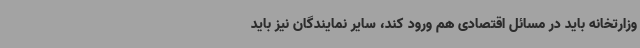
وزارتخانه باید در مسائل اقتصادی هم ورود کند، سایر نمایندگان نیز باید